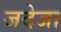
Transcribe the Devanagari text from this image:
जदेजा